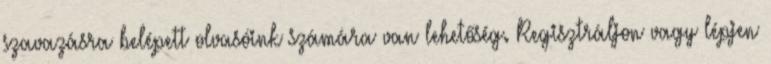
szavazásra belépett olvasóink számára van lehetőség. Regisztráljon vagy lépjen